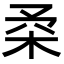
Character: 𣐱